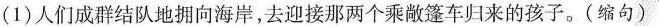
(1)人们成群结队地拥向海岸，去迎接那两个乘敞篷车归来的孩子。(缩句)